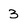
Character: 3